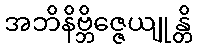
အဘိနိဗ္ဘိဇ္ဇေယျုန္တိ